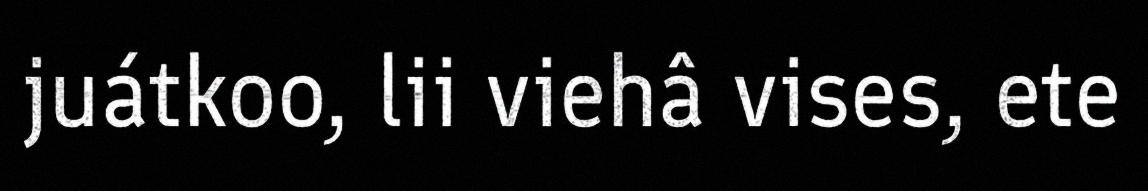
juátkoo, lii viehâ vises, ete